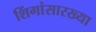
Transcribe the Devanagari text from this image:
शिंगांसारख्या